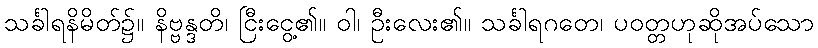
သင်္ခါရနိမိတ်၌။ နိဗ္ဗန္ဒတိ၊ ငြီးငွေ့၏။ ဝါ၊ ဦးလေး၏။ သင်္ခါရဂတေ၊ ပဝတ္တဟုဆိုအပ်သော